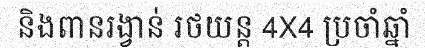
និងពានរង្វាន់ រថយន្ត 4X4 ប្រចាំឆ្នាំ